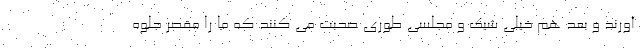
آورند و بعد هم خیلی شیک و مجلسی طوری صحبت می کنند که ما را مقصر جلوه